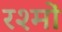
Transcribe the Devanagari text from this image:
रश्मों